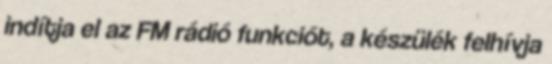
indítja el az FM rádió funkciót, a készülék felhívja